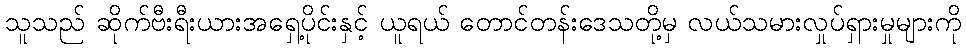
သူသည် ဆိုက်ဗီးရီးယားအရှေ့ပိုင်းနှင့် ယူရယ် တောင်တန်းဒေသတို့မှ လယ်သမားလှုပ်ရှားမှုများကို